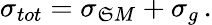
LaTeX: \sigma_{tot}=\sigma_{\mathfrak{S}M}+\sigma_{g}\, .